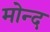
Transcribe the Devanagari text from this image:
मोन्‍द